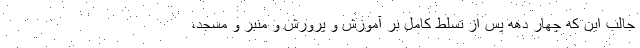
جالب این که چهار دهه پس از تسلط کامل بر آموزش و پرورش و منبر و مسجد،